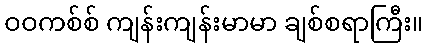
ဝဝကစ်စ် ကျန်းကျန်းမာမာ ချစ်စရာကြီး။